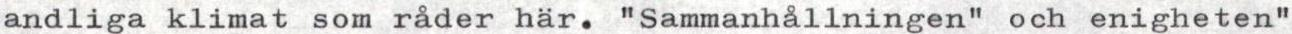
andliga klimat som råder här. "Sammanhållningen" och enigheten"